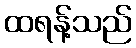
ထရန့်သည်